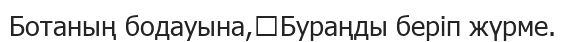
Ботаның бодауына,	Бураңды беріп жүрме.